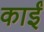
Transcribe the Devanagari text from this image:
काईं